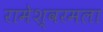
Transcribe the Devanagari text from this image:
रामेश्वरमला